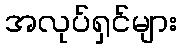
အလုပ်ရှင်များ